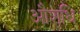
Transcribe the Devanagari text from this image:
औशधि